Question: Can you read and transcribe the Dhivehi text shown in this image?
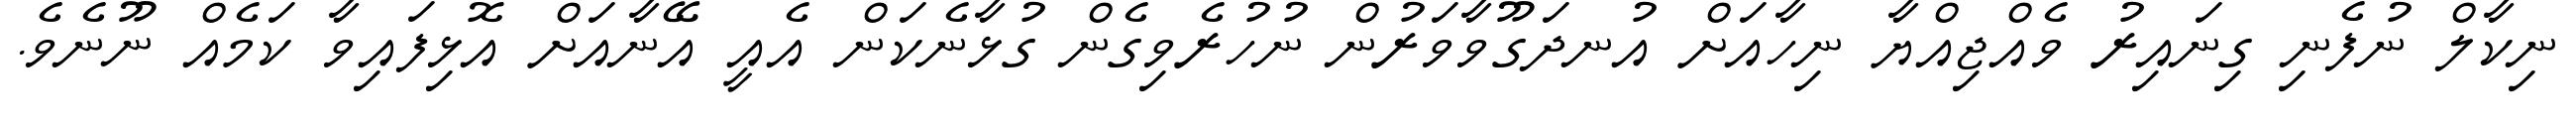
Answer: ނިކާލް ނުފެނި ގިނައިރު ވެއްޖިއްޔާ ނިހާއަށް އުނދަގޫވާވަރުން ނުހުރެވިގެން ގުޅާނެކަން އެއީ އޭނާއަށް އޮޅިފައިވާ ކަމެއް ނޫނެވެ.